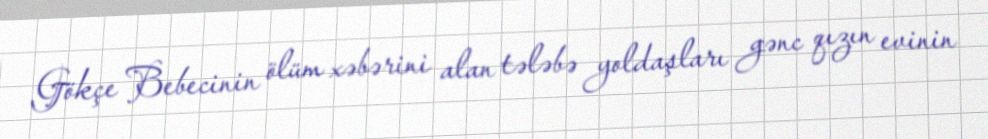
Gökçe Bebecinin ölüm xəbərini alan tələbə yoldaşları gənc qızın evinin